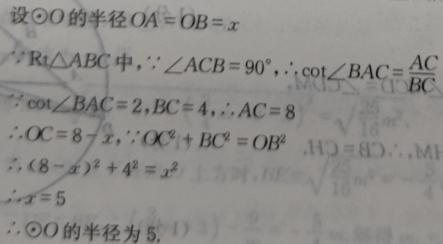
设$\odot O$的半径$OA = OB = x$

$\because \text{Rt}\triangle ABC$中，$\because \angle ACB = 90^{\circ}$，$\therefore \cot\angle BAC=\frac{AC}{BC}$

$\because \cot\angle BAC = 2$，$BC = 4$，$\therefore AC = 8$

$\therefore OC = 8 - x$，$\because OC^{2}+BC^{2}=OB^{2}$

$\therefore (8 - x)^{2}+4^{2}=x^{2}$

$\therefore x = 5$

$\therefore \odot O$的半径为$5$